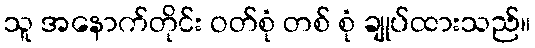
သူ အနောက်တိုင်း ဝတ်စုံ တစ် စုံ ချုပ်ထားသည်။